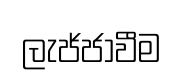
ලැජ්ජාවීම